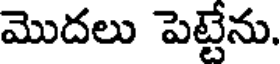
మొదలు పెట్టేను.